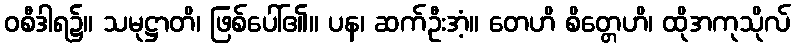
ဝစီဒါရ၌။ သမုဋ္ဌာတိ၊ ဖြစ်ပေါ်၏။ ပန၊ ဆက်ဦးအံ့။ တေဟိ စိတ္တေဟိ၊ ထိုအကုသိုလ်